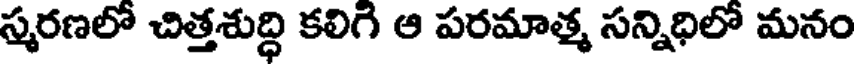
స్మరణలో చిత్తశుద్ధి కలిగి ఆ పరమాత్మ సన్నిధిలో మనం